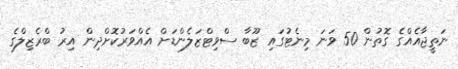
ނަތީޖާއެއްގެ ގޮތުން 50 ވަނަ މިނެޓުގައި ޒޫބާ ސްވިޓްޒަލެންޑަށް އެއްވަރުކޮށްދިން އިރު ބްރެޒިލްގެ